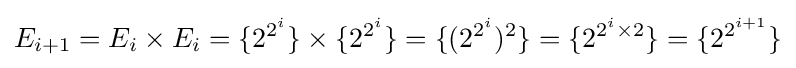
E_{i+1}=E_{i}\times E_{i}=\{2^{2^{i}}\}\times \{2^{2^{i}}\}=\{(2^{2^{i}})^{2}\}=\{2^{2^{i}\times 2}\}=\{2^{2^{i+1}}\}